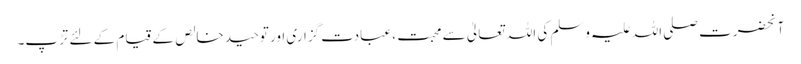
آنحضرت صلی اللہ علیہ وسلم کی اللہ تعالیٰ سے محبت ، عبادت گزاری اور توحید خالص کے قیام کے لئے تڑپ۔